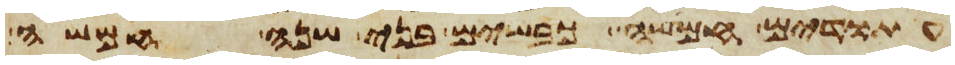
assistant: עתודים חמשה כבשים בני שנה חמשה